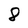
Character: 8